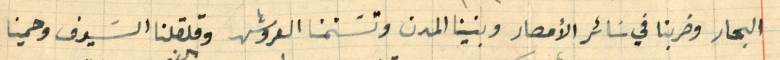
البحار وضربنا في سَائر الأمصار وبنينا المدن وتسَنمنا العروش وقلقلنا السيوف وحمينا